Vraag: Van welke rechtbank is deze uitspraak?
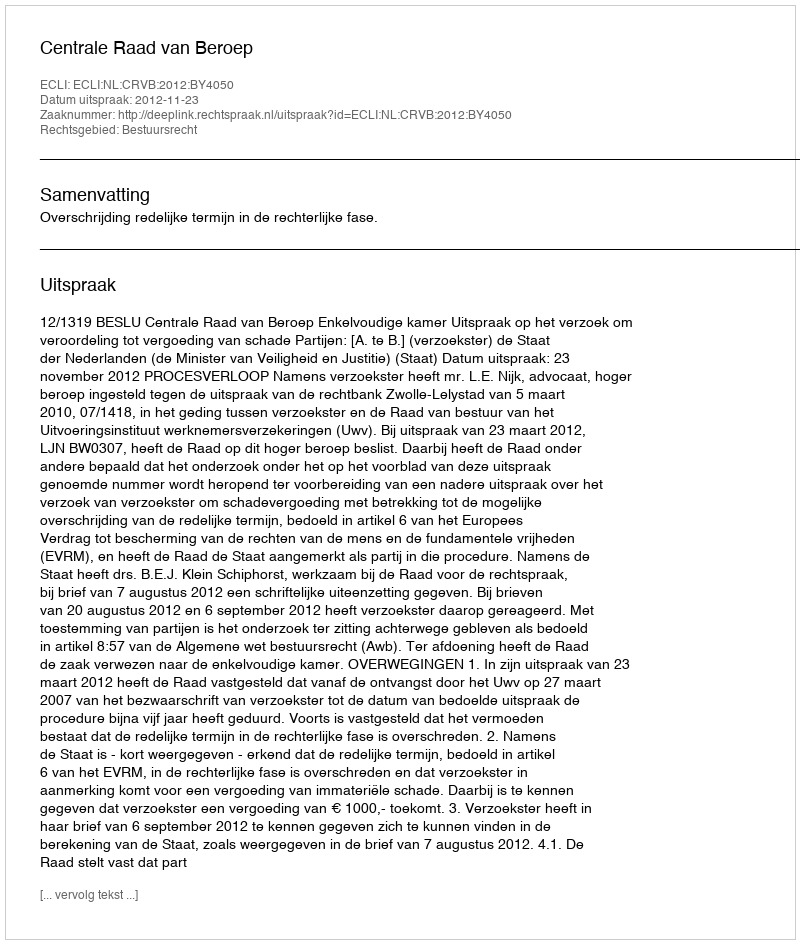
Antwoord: Centrale Raad van Beroep